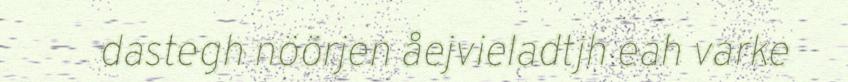
dastegh nöörjen åejvieladtjh eah varke